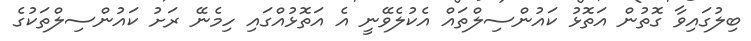
ބިލުގައިވާ ގޮތުން އަތޮޅު ކައުންސިލްތައް އެކުލެވޭނީ އެ އަތޮޅުއްގައި ހިމެނޭ ރަށު ކައުންސިލްތަކުގެ